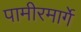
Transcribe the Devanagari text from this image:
पामीरमार्गे